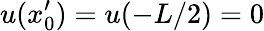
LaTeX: u(x_{0}^{\prime})=u(-L/2)=0